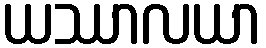
ယဿာလယာ